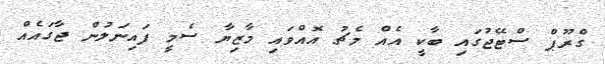
ގްރޫޕް ސްޓޭޖުގައި ބާކީ އެއް މެޗު އޮއްވައި މާޒިޔާ ސެމީ ފައިނަލުން ޖާގައެއް